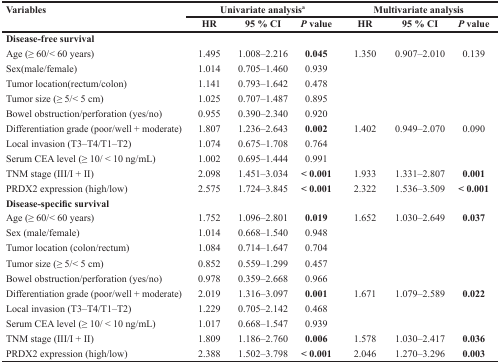
<table><thead><tr><td rowspan="2"><b>Variables</b></td><td colspan="3"><b>Univariate analysis<sup>a</sup></b></td><td colspan="3"><b>Multivariate analysis</b></td></tr><tr><td><b>HR</b></td><td><b>95 % CI</b></td><td><b><i>P</i> value</b></td><td><b>HR</b></td><td><b>95 % CI</b></td><td><b><i>P</i> value</b></td></tr></thead><tbody><tr><td><b>Disease-free survival</b></td><td></td><td></td><td></td><td></td><td></td><td></td></tr><tr><td>Age (≥ 60/&lt; 60 years)</td><td>1.495</td><td>1.008–2.216</td><td><b>0.045</b></td><td>1.350</td><td>0.907–2.010</td><td>0.139</td></tr><tr><td>Sex(male/female)</td><td>1.014</td><td>0.705–1.460</td><td>0.939</td><td></td><td></td><td></td></tr><tr><td>Tumor location(rectum/colon)</td><td>1.141</td><td>0.793–1.642</td><td>0.478</td><td></td><td></td><td></td></tr><tr><td>Tumor size (≥ 5/&lt; 5 cm)</td><td>1.025</td><td>0.707–1.487</td><td>0.895</td><td></td><td></td><td></td></tr><tr><td>Bowel obstruction/perforation (yes/no)</td><td>0.955</td><td>0.390–2.340</td><td>0.920</td><td></td><td></td><td></td></tr><tr><td>Differentiation grade (poor/well + moderate)</td><td>1.807</td><td>1.236–2.643</td><td><b>0.002</b></td><td>1.402</td><td>0.949–2.070</td><td>0.090</td></tr><tr><td>Local invasion (T3–T4/T1–T2)</td><td>1.074</td><td>0.675–1.708</td><td>0.764</td><td></td><td></td><td></td></tr><tr><td>Serum CEA level (≥ 10/ &lt; 10 ng/mL)</td><td>1.002</td><td>0.695–1.444</td><td>0.991</td><td></td><td></td><td></td></tr><tr><td>TNM stage (III/I + II)</td><td>2.098</td><td>1.451–3.034</td><td><b>&lt; 0.001</b></td><td>1.933</td><td>1.331–2.807</td><td><b>0.001</b></td></tr><tr><td>PRDX2 expression (high/low)</td><td>2.575</td><td>1.724–3.845</td><td><b>&lt; 0.001</b></td><td>2.322</td><td>1.536–3.509</td><td><b>&lt; 0.001</b></td></tr><tr><td><b>Disease-specific survival</b></td><td></td><td></td><td></td><td></td><td></td><td></td></tr><tr><td>Age (≥ 60/&lt; 60 years)</td><td>1.752</td><td>1.096–2.801</td><td><b>0.019</b></td><td>1.652</td><td>1.030–2.649</td><td><b>0.037</b></td></tr><tr><td>Sex (male/female)</td><td>1.014</td><td>0.668–1.540</td><td>0.948</td><td></td><td></td><td></td></tr><tr><td>Tumor location (colon/rectum)</td><td>1.084</td><td>0.714–1.647</td><td>0.704</td><td></td><td></td><td></td></tr><tr><td>Tumor size (≥ 5/&lt; 5 cm)</td><td>0.852</td><td>0.559–1.299</td><td>0.457</td><td></td><td></td><td></td></tr><tr><td>Bowel obstruction/perforation (yes/no)</td><td>0.978</td><td>0.359–2.668</td><td>0.966</td><td></td><td></td><td></td></tr><tr><td>Differentiation grade (poor/well + moderate)</td><td>2.019</td><td>1.316–3.097</td><td><b>0.001</b></td><td>1.671</td><td>1.079–2.589</td><td><b>0.022</b></td></tr><tr><td>Local invasion (T3–T4/T1–T2)</td><td>1.229</td><td>0.705–2.142</td><td>0.468</td><td></td><td></td><td></td></tr><tr><td>Serum CEA level (≥ 10/ &lt; 10 ng/mL)</td><td>1.017</td><td>0.668–1.547</td><td>0.939</td><td></td><td></td><td></td></tr><tr><td>TNM stage (III/I + II)</td><td>1.809</td><td>1.186–2.760</td><td><b>0.006</b></td><td>1.578</td><td>1.030–2.417</td><td><b>0.036</b></td></tr><tr><td>PRDX2 expression (high/low)</td><td>2.388</td><td>1.502–3.798</td><td><b>&lt; 0.001</b></td><td>2.046</td><td>1.270–3.296</td><td><b>0.003</b></td></tr></tbody></table>